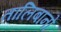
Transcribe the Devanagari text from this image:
तालिबानों